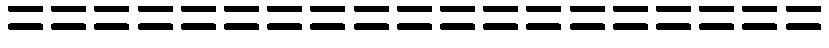
===================